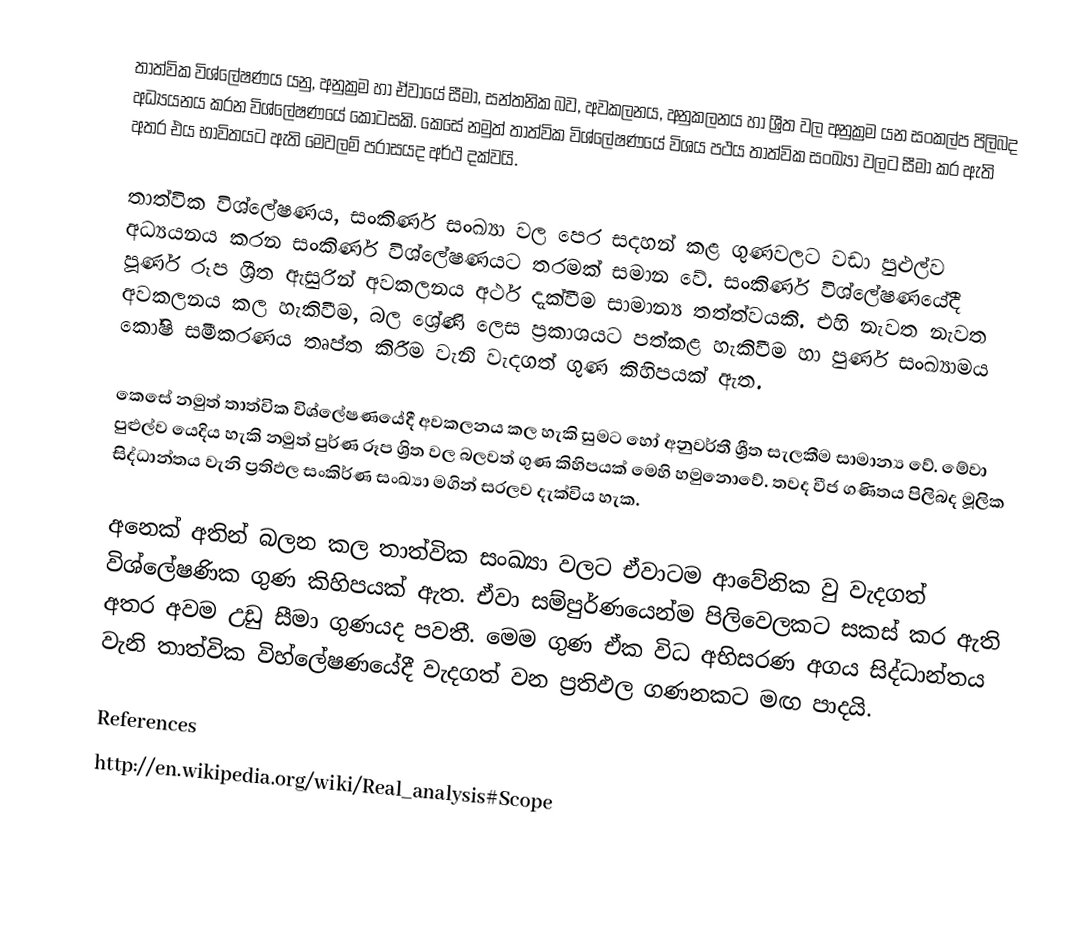
තාත්වික විශ්ලේෂණය යනු, අනුක්‍රම හා ඒවා‍යේ සීමා, සන්තනික බව, අවකලනය, අනුකලනය හා ශ්‍රීත වල අනුක්‍රම යන සංකල්ප පිලිබද අධ්‍යයනය කරන විශ්ලේෂණයේ කොටසකි.  කෙසේ නමුත් තාත්වික විශ්ලේෂණයේ විශය පථය තාත්වික සංඛ්‍යා වලට  සීමා කර ඇති අතර එය භාවිතයට ඇති මෙවලම් පරාසයද අර්ථ දක්වයි.

තාත්වික විශ්ලේෂණය, සංකිර්ණ සංඛ්‍යා වල පෙර සදහන් කළ ගුණවලට වඩ‍ා පුළුල්ව අධ්‍යයනය කරන සංකිර්ණ විශ්ලේෂණයට තරමක් සමාන වේ. සංකිර්ණ විශ්ලේෂණයේදී පූර්ණ රූප ශ්‍රීත ඇසුරින් අවකලනය අර්ථ දැක්වීම සාමාන්‍ය තත්ත්වයකි. එහි නැවත නැවත අවකලනය කල හැකිවීම, බල ශ්‍රේණි ලෙස ප්‍රකාශයට පත්කළ හැකිවීම හා පුර්ණ සංඛ්‍යාමය කෝෂි සමීකරණය තෘප්ත කිරීම වැනි වැදගත් ගුණ කිහිපයක් ඇත.

කෙසේ නමුත් තාත්වික විශ්ලේෂණයේදී අවකලනය කල හැකි සුමට හෝ අනුවර්තී ශ්‍රීත සැලකීම සාමාන්‍ය වේ. මේවා පුළුල්ව යෙදිය හැකි නමුත් පුර්ණ රූප ශ්‍රිත වල බලවත් ගුණ කිහිපයක් මෙහි හමුනොවේ. තවද වීජ ගණිතය පිලිබද මූලික සිද්ධාන්තය වැනි ප්‍රතිඵල සංකිර්ණ සංඛ්‍යා මගින් සරලව දැක්විය හැක.

අනෙක් අතින් බලන කල තාත්වික සංඛ්‍යා වලට ඒවාටම ආවේනික වු වැදගත් විශ්ලේෂණික ගුණ කිහිපයක් ඇත. ඒවා සම්පුර්ණයෙන්ම පිලිවෙලකට සකස් කර ඇති අතර අවම උඩු සීමා ගුණයද පවතී. මෙම ගුණ ඒක විධ අභිසරණ අගය සිද්ධාන්තය වැනි තාත්වික විහ්ලේෂණයේදී වැදගත් වන ප්‍රතිඵල ගණනකට මඟ පාදයි.

References
http://en.wikipedia.org/wiki/Real_analysis#Scope